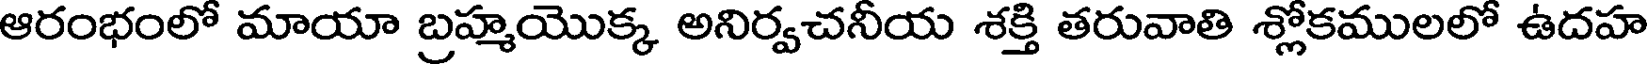
ఆరంభంలో మాయా బ్రహ్మయొక్క అనిర్వచనీయ శక్తి తరువాతి శ్లోకములలో ఉదహ